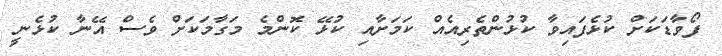
ފޯވާޑަކަށް ކުޅެފައިވާ ކުޅުންތެރިއެއް ކަމަށާއި ކުޅޭ ކޮންމެ މަގާމަކަށް ވެސް އޭނާ ކުޅެނީ